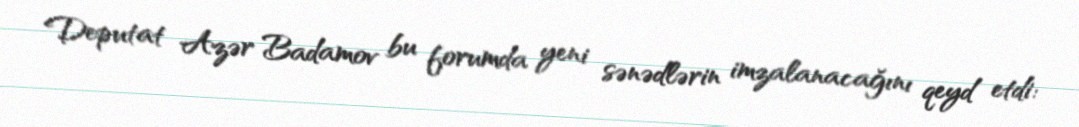
Deputat Azər Badamov bu forumda yeni sənədlərin imzalanacağını qeyd etdi: